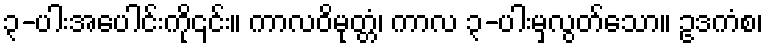
၃-ပါးအပေါင်းကို၎င်း။ ကာလဝိမုတ္တံ၊ ကာလ ၃-ပါးမှလွတ်သော။ ဥဒကံစ၊